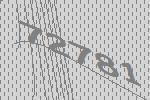
72781